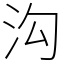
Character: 沟